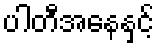
ပါတီအနေနှင့်